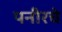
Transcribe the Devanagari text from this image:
पनीरचे